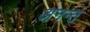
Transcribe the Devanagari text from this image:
अनन्‍त